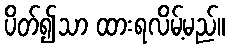
ပိတ်၍သာ ထားရလိမ့်မည်။